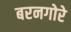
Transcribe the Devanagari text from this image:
बरनगोरे